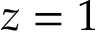
z = 1